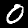
Label: 0